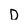
Character: D